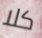
كلا